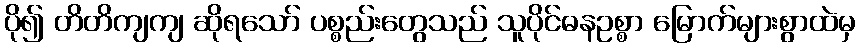
ပို၍ တိတိကျကျ ဆိုရသော် ပစ္စည်းတွေသည် သူပိုင်ဓနဥစ္စာ မြောက်များစွာထဲမှ